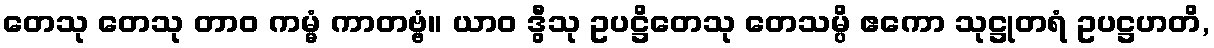
တေသု တေသု တာဝ ကမ္မံ ကာတဗ္ဗံ။ ယာဝ ဒွီသု ဥပဋ္ဌိတေသု တေသမ္ပိ ဧကော သုဋ္ဌုတရံ ဥပဋ္ဌဟတိ,